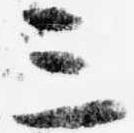
三